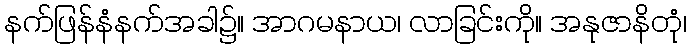
နက်ဖြန်နံနက်အခါ၌။ အာဂမနာယ၊ လာခြင်းကို။ အနုဇာနိတုံ၊